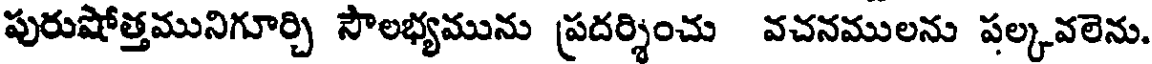
పురుషోత్తమునిగూర్చి సౌలభ్యమును ప్రదర్శించు వచనములను పల్కవలెను.